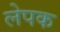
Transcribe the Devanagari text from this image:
लेपक